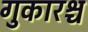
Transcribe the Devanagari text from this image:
गुकारश्च